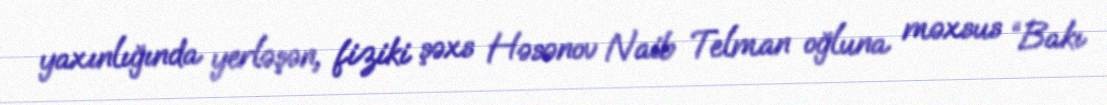
yaxınlığında yerləşən, fiziki şəxs Həsənov Naib Telman oğluna məxsus “Bakı